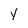
Character: y